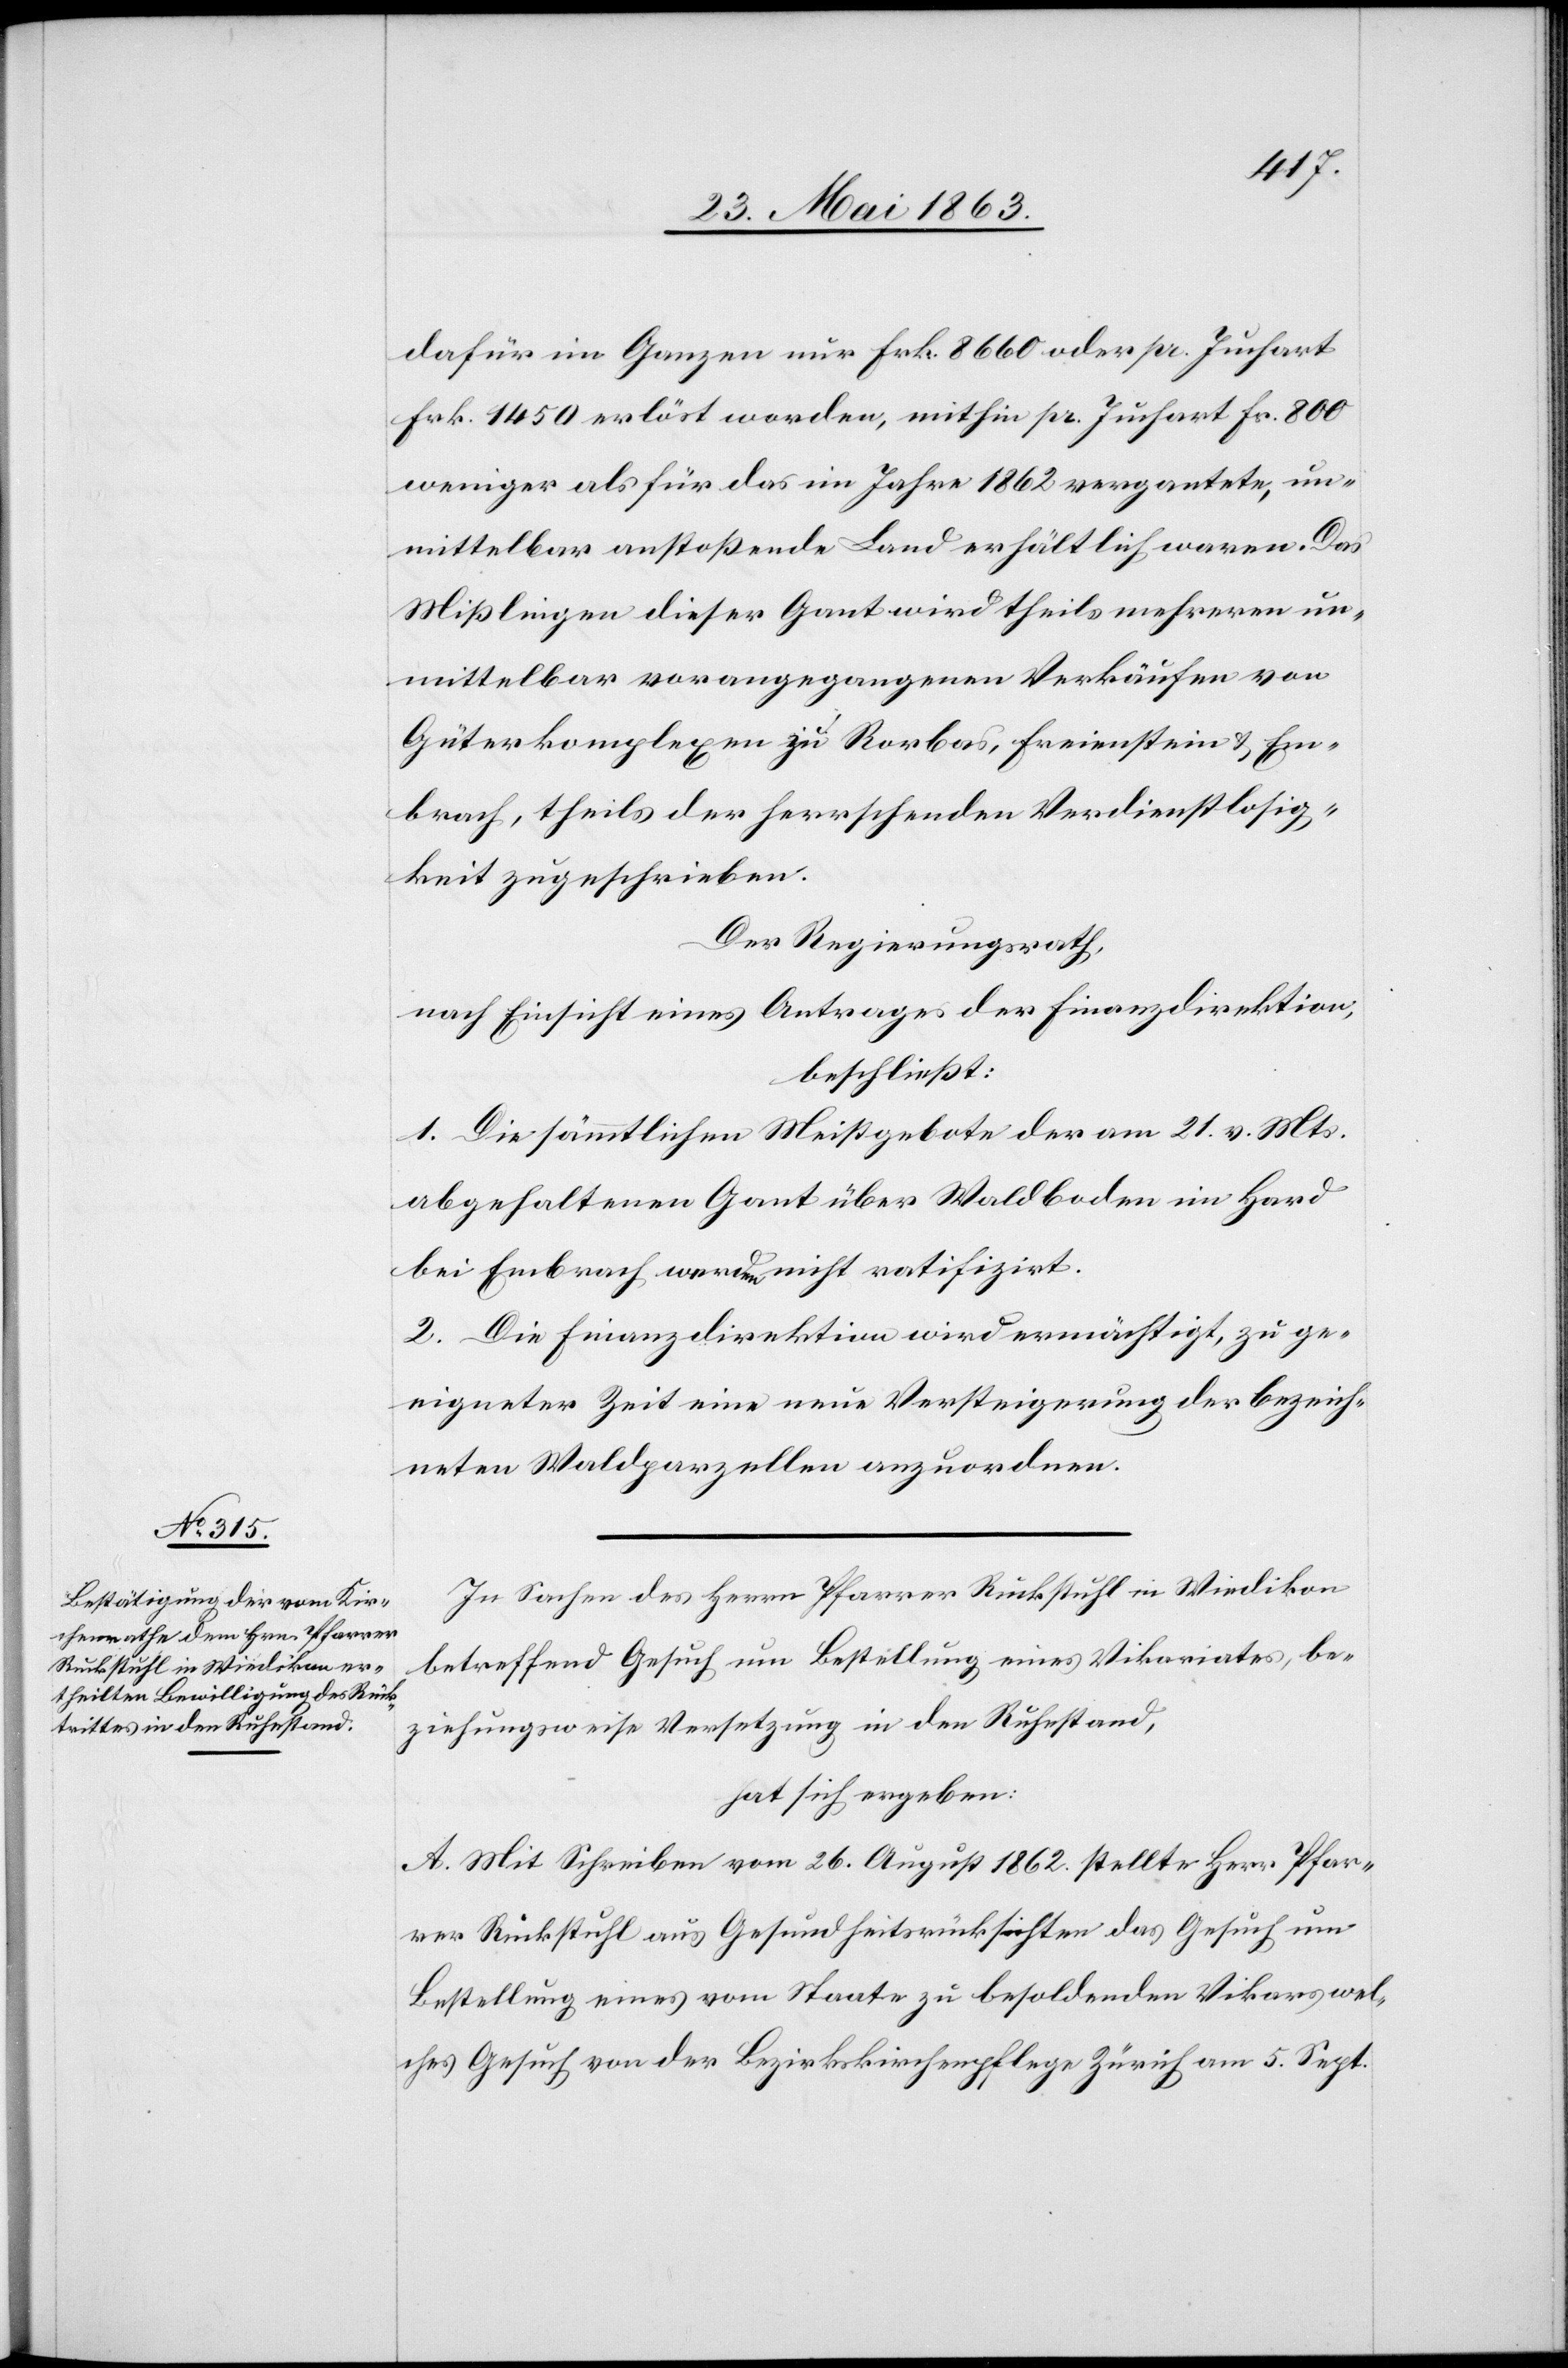
dafür im Ganzen nur Frk. 8660 oder pr. Juchart
Frk. 1450 erlöst worden, mithin pr. Juchart Fr. 800
weniger als für das im Jahre 1862 vergantete, un¬
mittelbar anstoßende Land erhältlich waren. Das
Mißlingen dieser Gant wird theils mehreren un¬
mittelbar vorangegangenen Verkäufen von
Güterkomplexen zu Rorbas, Freienstein & Em¬
brach, theils der herrschenden Verdienstlosig¬
keit zugeschrieben.
Der Regierungsrath,
nach Einsicht eines Antrages der Finanzdirektion,
beschließt:
1. Die sämmtlichen Meistgebote der am 21. v. Mts.
abgehaltenen Gant über Waldboden im Hard
bei Embrach werden nicht ratifizirt.
2. Die Finanzdirektion wird ermächtigt, zu ge¬
eigneter Zeit eine neue Versteigerung der bezeich¬
neten Waldparzellen anzuordnen.
In Sachen des Herrn Pfarrer Ruckstuhl in Wiedikon
betreffend Gesuch um Bestellung eines Vikariates, be¬
ziehungsweise Versetzung in den Ruhestand,
hat sich ergeben:
A. Mit Schreiben vom 26. August 1862. stellte Herr Pfar¬
rer Ruckstuhl aus Gesundheitsrücksichten das Gesuch um
Bestellung eines vom Staate zu besoldenden Vikars wel¬
ches Gesuch von der Bezirkskirchenpflege Zürich am 5. Sept.